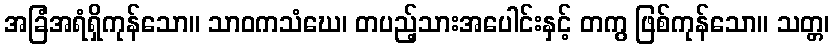
အခြံအရံရှိကုန်သော။ သာဝကသံဃေ၊ တပည့်သားအပေါင်းနှင့် တကွ ဖြစ်ကုန်သော။ သတ္တ၊